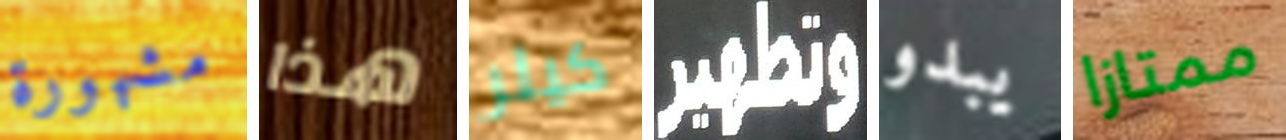
مشهورة هذا كيلر وتطهير يبدو ممتازا